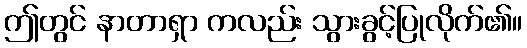
ဤတွင် နာတာရှာ ကလည်း သွားခွင့်ပြုလိုက်၏။